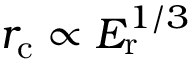
r _ { \mathrm { c } } \propto E _ { \mathrm { r } } ^ { 1 / 3 }